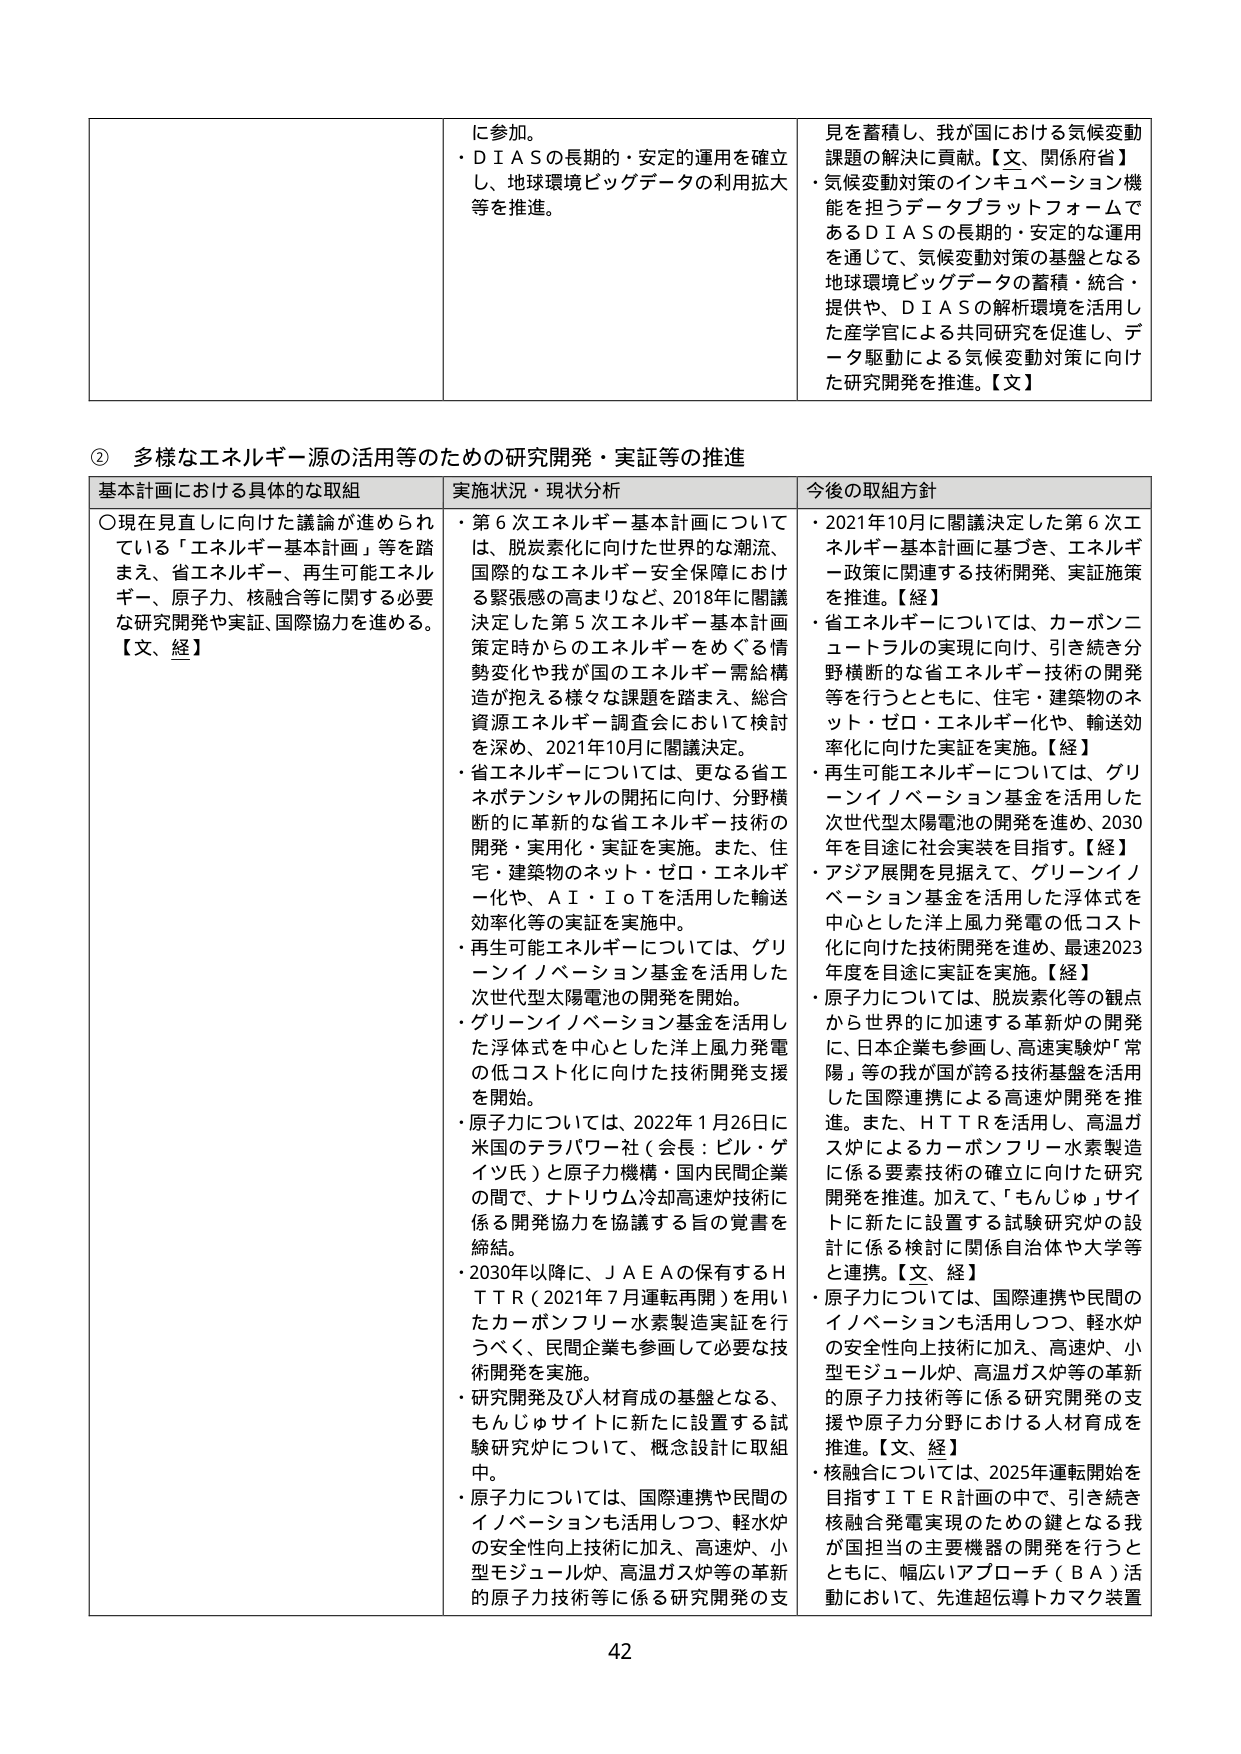
② 多様なエネルギー源の活用等のための研究開発・実証等の推進

基本計画における具体的な取組
〇現在見直しに向けた議論が進められている「エネルギー基本計画」等を踏まえ、省エネルギー、再生可能エネルギー、原子力、核融合等に関する必要な研究開発や実証、国際協力を進める。【文、経】

実施状況・現状分析
・第6次エネルギー基本計画については、脱炭素化に向けた世界的な潮流、国際的なエネルギー安全保障における緊張感の高まりなど、2018年に閣議決定した第5次エネルギー基本計画策定時からのエネルギーをめぐる情勢変化や我が国のエネルギー需給構造が抱える様々な課題を踏まえ、総合資源エネルギー調査会において検討を深め、2021年10月に閣議決定。
・省エネルギーについては、更なる省エネポテンシャルの開拓に向け、分野横断的に革新的な省エネルギー技術の開発・実用化・実証を実施。また、住宅・建築物のネット・ゼロ・エネルギー化や、ＡＩ・ＩｏＴを活用した輸送効率化等の実証を実施中。
・再生可能エネルギーについては、グリーンイノベーション基金を活用した次世代型太陽電池の開発を開始。
・グリーンイノベーション基金を活用した浮体式を中心とした洋上風力発電の低コスト化に向けた技術開発支援を開始。
・原子力については、2022年1月26日に米国のテラパワー社（会長：ビル・ゲイツ氏）と原子力機構・国内民間企業の間で、ナトリウム冷却高速炉技術に係る開発協力を協議する旨の覚書を締結。
・2030年以降に、ＪＡＥＡの保有するＨＴＴＲ（2021年7月運転再開）を用いたカーボンフリー水素製造実証を行うべく、民間企業も参画して必要な技術開発を実施。
・研究開発及び人材育成の基盤となる、もんじゅサイトに新たに設置する試験研究炉について、概念設計に取組中。
・原子力については、国際連携や民間のイノベーションも活用しつつ、軽水炉の安全性向上技術に加え、高速炉、小型モジュール炉、高温ガス炉等の革新的原子力技術等に係る研究開発の支援

今後の取組方針
・2021年10月に閣議決定した第6次エネルギー基本計画に基づき、エネルギー政策に関連する技術開発、実証施策を推進。【経】
・省エネルギーについては、カーボンニュートラルの実現に向け、引き続き分野横断的な省エネルギー技術の開発等を行うとともに、住宅・建築物のネット・ゼロ・エネルギー化や、輸送効率化に向けた実証を実施。【経】
・再生可能エネルギーについては、グリーンイノベーション基金を活用した次世代型太陽電池の開発を進め、2030年を目途に社会実装を目指す。【経】
・アジア展開を見据えて、グリーンイノベーション基金を活用した浮体式を中心とした洋上風力発電の低コスト化に向けた技術開発を進め、最速2023年度を目途に実証を実施。【経】
・原子力については、脱炭素化等の観点から世界的に加速する革新的炉の開発に、日本企業も参画し、高速実験炉「常陽」等の我が国が誇る技術基盤を活用した国際連携による高速炉開発を推進。また、ＨＴＴＲを活用し、高温ガス炉によるカーボンフリー水素製造に係る要素技術の確立に向けた研究開発を推進。加えて、「もんじゅ」サイトに新たに設置する試験研究炉の設計に係る検討に関係自治体や大学等と連携。【文、経】
・原子力については、国際連携や民間のイノベーションも活用しつつ、軽水炉の安全性向上技術に加え、高速炉、小型モジュール炉、高温ガス炉等の革新的原子力技術等に係る研究開発の支援や原子力分野における人材育成を推進。【文、経】
・核融合については、2025年運転開始を目指すＩＴＥＲ計画の中で、引き続き核融合発電実現のための鍵となる我が国担当の主要機器の開発を行うとともに、幅広いアプローチ（ＢＡ）活動において、先進超伝導トカマク装置

42